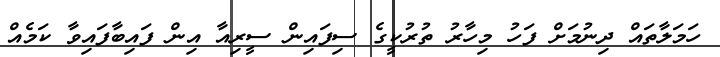
ހަމަލާތައް ދިނުމަށް ފަހު މިހާރު ތުރުކީގެ ސިފައިން ސީރިއާ އިން ފައިބާފައިވާ ކަމެއް